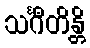
သင်္ဂီတိန္တိ